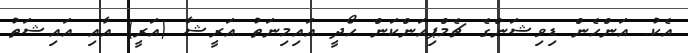
އެކު. އަންހެން ޑިވިޝަންގެ ޗެމްޕިއަންކަން ހޯދީ އައިމިނަތު އަރީޝާ (އަރީ) އާއި އައިޝަތު